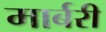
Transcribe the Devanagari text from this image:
मार्बरी